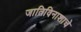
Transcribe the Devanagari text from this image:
जातिविनाशाचे